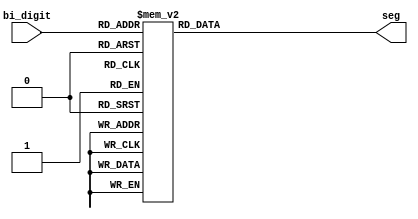
module bin_7seg(bi_digit,seg);
    input [3:0] bi_digit;
    output [6:0] seg;
    reg [6:0] seg;
    always @ (bi_digit)
    case (bi_digit)
        4'h0: seg = ~7'b0111111;
        4'h1: seg = ~7'b0000110;
        4'h2: seg = ~7'b1011011;
        4'h3: seg = ~7'b1001111;
        4'h4: seg = ~7'b1100110;
        4'h5: seg = ~7'b1101101;
        4'h6: seg = ~7'b1111101;
        4'h7: seg = ~7'b0000111;
        4'h8: seg = ~7'b1111111;
        4'h9: seg = ~7'b1100111;
        4'ha: seg = ~7'b1110111;
        4'hb: seg = ~7'b1111100;
        4'hc: seg = ~7'b0111001;
        4'hd: seg = ~7'b1011110;
        4'he: seg = ~7'b1111001;
        4'hf: seg = ~7'b1110001;
    endcase
endmodule